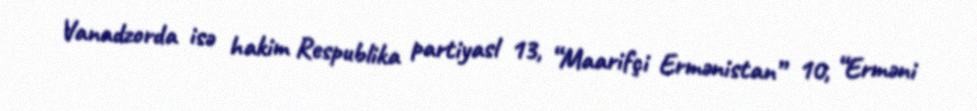
Vanadzorda isə hakim Respublika partiyasl 13, “Maarifçi Ermənistan” 10, “Erməni